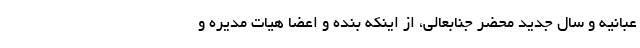
عبانیه و سال جدید محضر جنابعالی، از اینکه بنده و اعضا هیات مدیره و